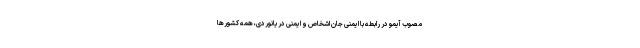
مصوب آیمو در رابطه با ایمنی جان اشخاص و ایمنی دریانوردی، همه کشورها